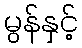
မွန်နှင့်